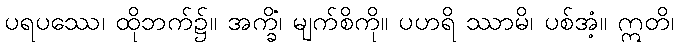
ပရပဿေ၊ ထိုဘက်၌။ အက္ခိံ၊ မျက်စိကို။ ပဟရိ ဿာမိ၊ ပစ်အံ့။ ဣတိ၊